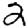
Digit: 2